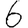
Digit: 6